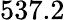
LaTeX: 537.2